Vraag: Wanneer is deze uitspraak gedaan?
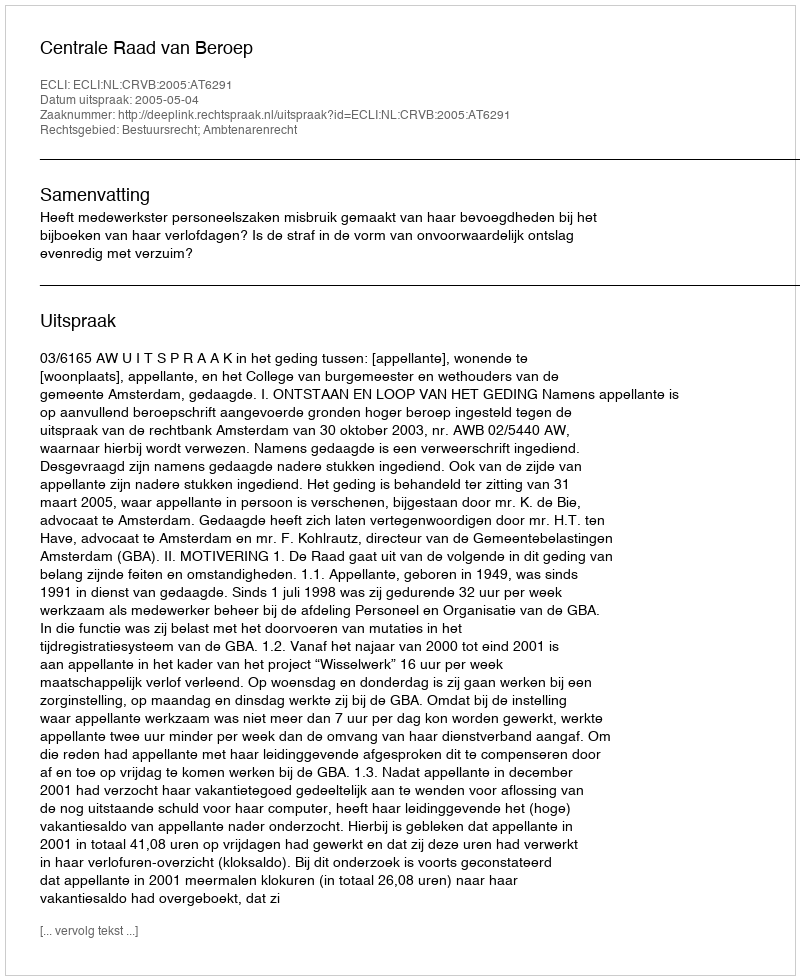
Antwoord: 2005-05-04